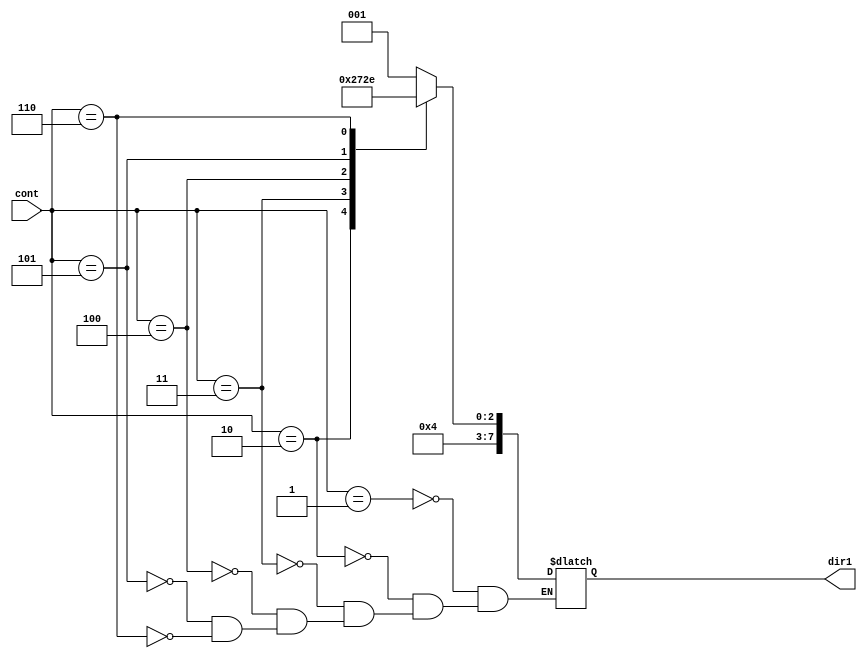
`timescale 1ns / 1ps
//////////////////////////////////////////////////////////////////////////////////
// Company: 
// Engineer: 
// 
// Design Name: 
// Module Name:    DecoLectura 
// Project Name: 
// Target Devices: 
// Tool versions: 
// Description: 
//
// Dependencies: 
//
// Revision: 
// Revision 0.01 - File Created
// Additional Comments: 
//
//////////////////////////////////////////////////////////////////////////////////
module DecoLecturaa (cont, dir1);  
input [4:0] cont; 
output reg [7:0] dir1;  
 
always @ * begin
case (cont)
	5'd1 : dir1 = 8'h21; 
	5'd2 : dir1 = 8'h22; 
   5'd3 : dir1 = 8'h23; 
   5'd4 : dir1 = 8'h24; 
   5'd5 : dir1 = 8'h25; 
   5'd6 : dir1 = 8'h26;  
 endcase   
end 
endmodule